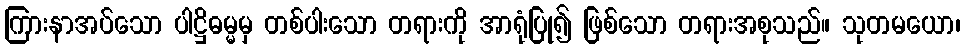
ကြားနာအပ်သော ပါဋ္ဌိဓမ္မမှ တစ်ပါးသော တရားကို အာရုံပြု၍ ဖြစ်သော တရားအစုသည်။ သုတမယော၊